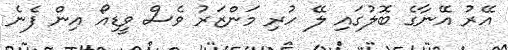
އޭރު އޭނާގެ ބޮލުގައި ލޭ ހުރި މަންޒަރު ވެސް ވީޑިއޯ އިން ފެނެ